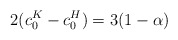
\begin{align*} 2 (c_{0}^{K} - c_{0}^{H}) = 3 (1 - \alpha)\end{align*}